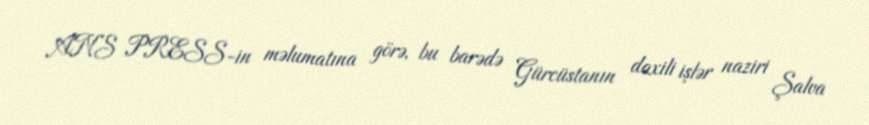
ANS PRESS-in məlumatına görə, bu barədə Gürcüstanın daxili işlər naziri Şalva